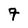
Character: 7